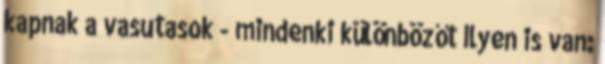
kapnak a vasutasok - mindenki különbözőt Ilyen is van: